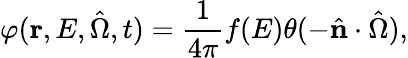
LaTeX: \varphi(\mathbf{r},E,\hat{\Omega},t)=\frac{1}{4\pi}f(E)\theta(-\hat{\mathbf{n}}\cdot\hat{\Omega}),